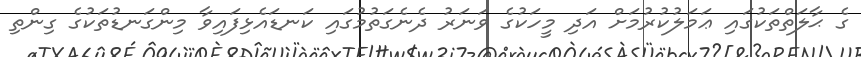
ގެ ޙާލަތްތަކުގައި ޢަމަލުކުރުމަށް އަދި މީހަކުގެ ވަނަރު ދެނެގަތުމުގައި ކަނޑައެޅިފައިވާ މިންގަނޑުތަކުގެ ގިންތި